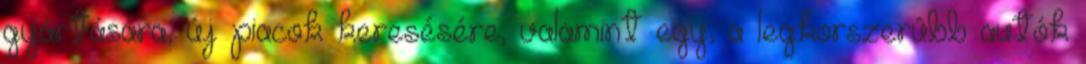
gyártására, új piacok keresésére, valamint egy, a legkorszerûbb autók